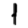
Digit: 1